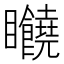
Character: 𥍘